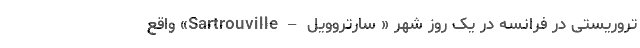
تروریستی در فرانسه در یک روز شهر « سارتروویل – Sartrouville» واقع